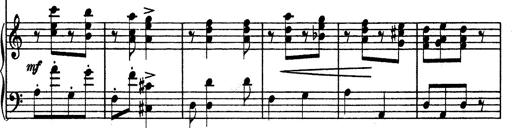
Title: Hungarian Rhapsody No.13
Composer: Franz Liszt
Key: A minor